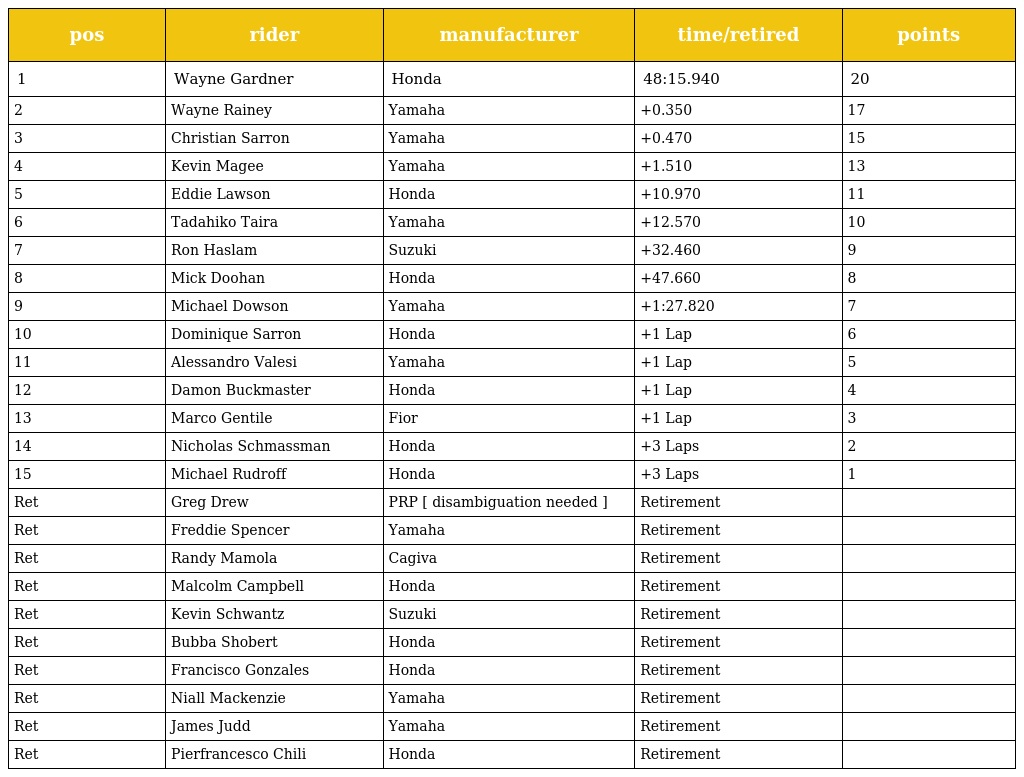
| pos | rider | manufacturer | time/retired | points |
 | --- | --- | --- | --- | --- |
 | 1 | Wayne Gardner | Honda | 48:15.940 | 20 |
 | 2 | Wayne Rainey | Yamaha | +0.350 | 17 |
 | 3 | Christian Sarron | Yamaha | +0.470 | 15 |
 | 4 | Kevin Magee | Yamaha | +1.510 | 13 |
 | 5 | Eddie Lawson | Honda | +10.970 | 11 |
 | 6 | Tadahiko Taira | Yamaha | +12.570 | 10 |
 | 7 | Ron Haslam | Suzuki | +32.460 | 9 |
 | 8 | Mick Doohan | Honda | +47.660 | 8 |
 | 9 | Michael Dowson | Yamaha | +1:27.820 | 7 |
 | 10 | Dominique Sarron | Honda | +1 Lap | 6 |
 | 11 | Alessandro Valesi | Yamaha | +1 Lap | 5 |
 | 12 | Damon Buckmaster | Honda | +1 Lap | 4 |
 | 13 | Marco Gentile | Fior | +1 Lap | 3 |
 | 14 | Nicholas Schmassman | Honda | +3 Laps | 2 |
 | 15 | Michael Rudroff | Honda | +3 Laps | 1 |
 | Ret | Greg Drew | PRP [ disambiguation needed ] | Retirement |  |
 | Ret | Freddie Spencer | Yamaha | Retirement |  |
 | Ret | Randy Mamola | Cagiva | Retirement |  |
 | Ret | Malcolm Campbell | Honda | Retirement |  |
 | Ret | Kevin Schwantz | Suzuki | Retirement |  |
 | Ret | Bubba Shobert | Honda | Retirement |  |
 | Ret | Francisco Gonzales | Honda | Retirement |  |
 | Ret | Niall Mackenzie | Yamaha | Retirement |  |
 | Ret | James Judd | Yamaha | Retirement |  |
 | Ret | Pierfrancesco Chili | Honda | Retirement |  |